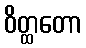
ဝိတ္ထတော